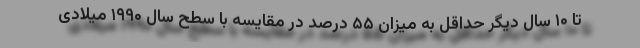
تا ۱۰ سال دیگر حداقل به میزان ۵۵ درصد در مقایسه با سطح سال ۱۹۹۰ میلادی